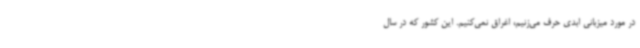
در مورد میزبانی ابدی حرف می‌زنیم، اغراق نمی‌کنیم. این کشور که در سال